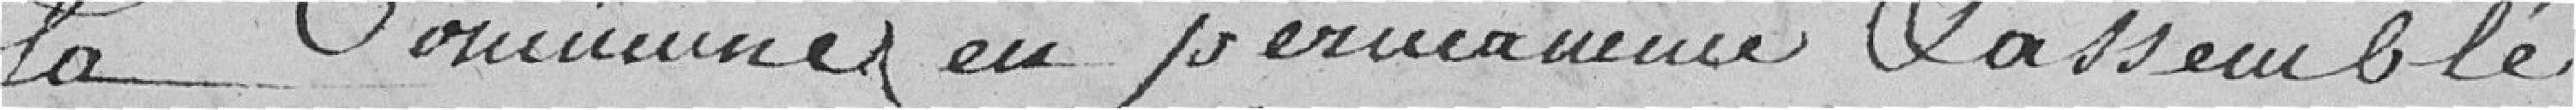
la Commune en permanence rassemblée